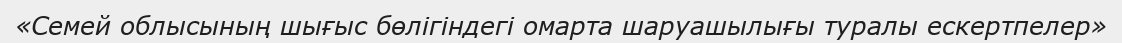
«Семей облысының шығыс бөлігіндегі омарта шаруашылығы туралы ескертпелер»